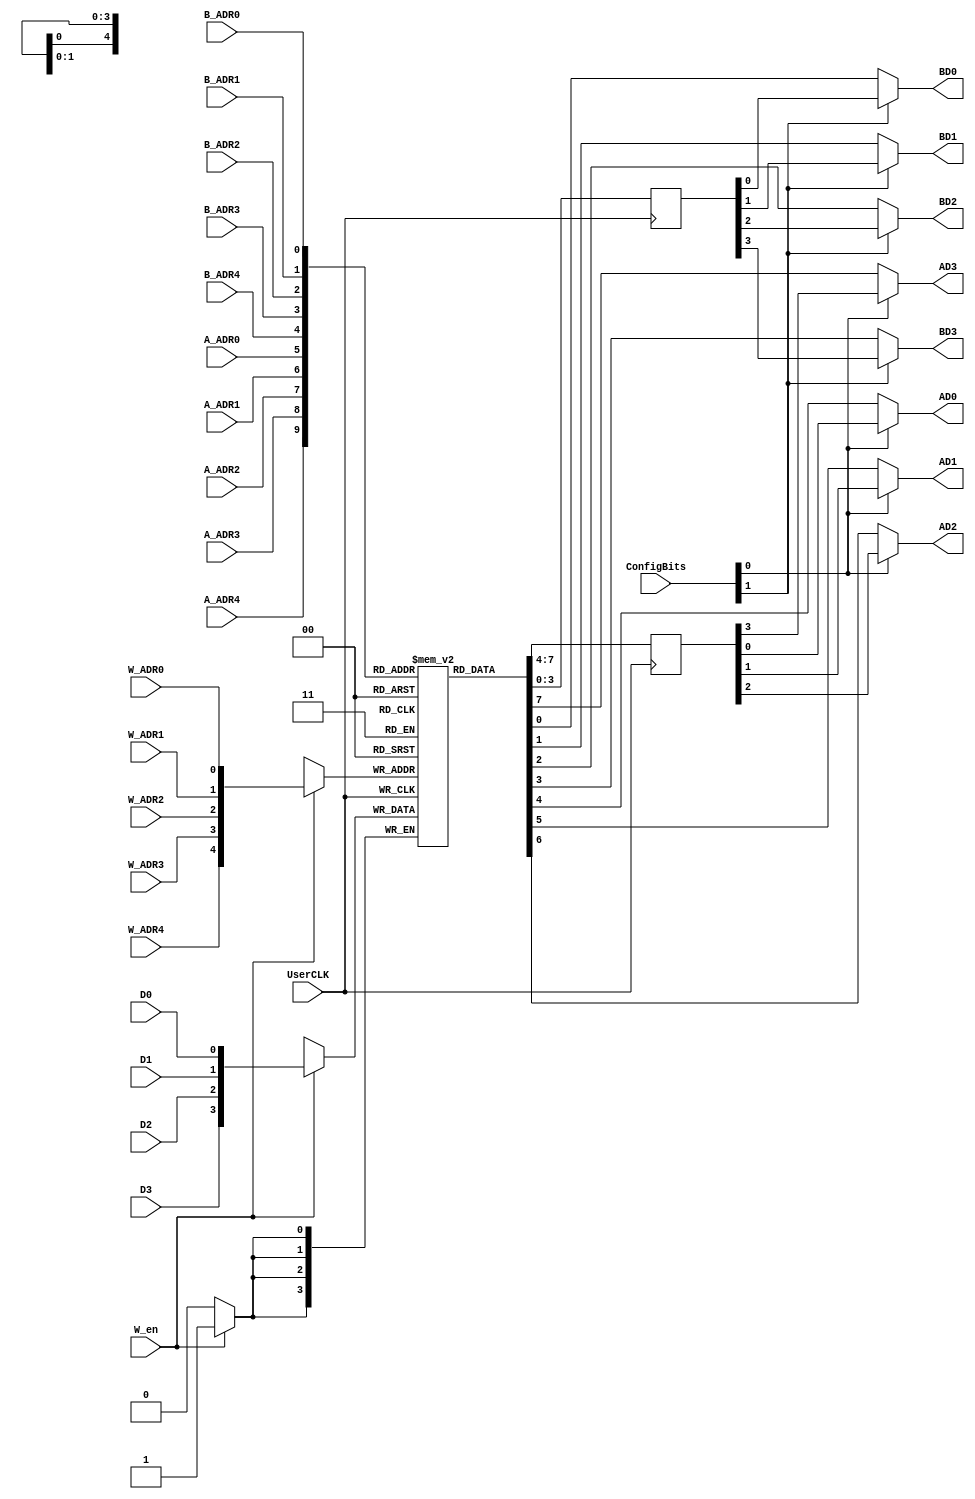
// Copyright 2021 University of Manchester
//
// Licensed under the Apache License, Version 2.0 (the "License");
// you may not use this file except in compliance with the License.
// You may obtain a copy of the License at
//
//      http://www.apache.org/licenses/LICENSE-2.0
//
// Unless required by applicable law or agreed to in writing, software
// distributed under the License is distributed on an "AS IS" BASIS,
// WITHOUT WARRANTIES OR CONDITIONS OF ANY KIND, either express or implied.
// See the License for the specific language governing permissions and
// limitations under the License.

module RegFile_32x4 (D0, D1, D2, D3, W_ADR0, W_ADR1, W_ADR2, W_ADR3, W_ADR4, W_en, AD0, AD1, AD2, AD3, A_ADR0, A_ADR1, A_ADR2, A_ADR3, A_ADR4, BD0, BD1, BD2, BD3, B_ADR0, B_ADR1, B_ADR2, B_ADR3, B_ADR4, UserCLK, ConfigBits);
	parameter NoConfigBits = 2;// has to be adjusted manually (we don't use an arithmetic parser for the value)
	// IMPORTANT: this has to be in a dedicated line
	input D0; // Register File write port
	input D1;
	input D2;
	input D3;
	input W_ADR0;
	input W_ADR1;
	input W_ADR2;
	input W_ADR3;
	input W_ADR4;
	input W_en;
	
	output AD0;// Register File read port A
	output AD1;
	output AD2;
	output AD3;
	input A_ADR0;
	input A_ADR1;
	input A_ADR2;
	input A_ADR3;
	input A_ADR4;

	output BD0;//Register File read port B
	output BD1;
	output BD2;
	output BD3;
	input B_ADR0;
	input B_ADR1;
	input B_ADR2;
	input B_ADR3;
	input B_ADR4;

	input UserCLK;// EXTERNAL // SHARED_PORT // ## the EXTERNAL keyword will send this sisgnal all the way to top and the //SHARED Allows multiple BELs using the same port (e.g. for exporting a clock to the top)
	// GLOBAL all primitive pins that are connected to the switch matrix have to go before the GLOBAL label
	input [NoConfigBits-1:0] ConfigBits;

	//type memtype is array (31 downto 0) of std_logic_vector(3 downto 0); // 32 entries of 4 bit
	//signal mem : memtype := (others => (others => '0'));
	reg [3:0] mem [31:0];

	wire [4:0] W_ADR;// write address
	wire [4:0] A_ADR;// port A read address
	wire [4:0] B_ADR;// port B read address

	wire [3:0] D;		// write data
	wire [3:0] AD;		// port A read data
	wire [3:0] BD;		// port B read data

	reg [3:0] AD_reg;		// port A read data register
	reg [3:0] BD_reg;		// port B read data register
	
	integer i;

	assign W_ADR = {W_ADR4,W_ADR3,W_ADR2,W_ADR1,W_ADR0};
	assign A_ADR = {A_ADR4,A_ADR3,A_ADR2,A_ADR1,A_ADR0};
	assign B_ADR = {B_ADR4,B_ADR3,B_ADR2,B_ADR1,B_ADR0};

	assign D = {D3,D2,D1,D0};
	
	initial begin
		for (i=0; i<32; i=i+1) begin
			mem[i] = 4'b0000;
		end
	end

//P_write: process (UserCLK)
	always @ (posedge UserCLK) begin : P_write
		if (W_en == 1'b1) begin
			mem[W_ADR] <= D ;
		end
	end

	assign AD = mem[A_ADR];
	assign BD = mem[B_ADR];

    always @ (posedge UserCLK) begin
        AD_reg <= AD;
		BD_reg <= BD;
    end

	assign AD0 = ConfigBits[0] ? AD_reg[0] : AD[0];
	assign AD1 = ConfigBits[0] ? AD_reg[1] : AD[1];
	assign AD2 = ConfigBits[0] ? AD_reg[2] : AD[2];
	assign AD3 = ConfigBits[0] ? AD_reg[3] : AD[3];

	assign BD0 = ConfigBits[1] ? BD_reg[0] : BD[0];
	assign BD1 = ConfigBits[1] ? BD_reg[1] : BD[1];
	assign BD2 = ConfigBits[1] ? BD_reg[2] : BD[2];
	assign BD3 = ConfigBits[1] ? BD_reg[3] : BD[3];

endmodule